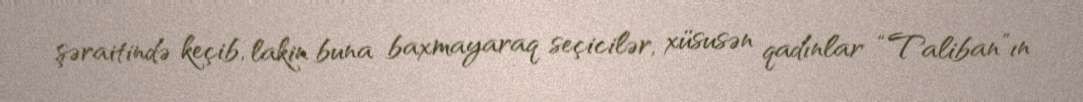
şəraitində keçib, lakin buna baxmayaraq seçicilər, xüsusən qadınlar “Taliban”ın